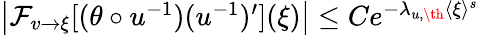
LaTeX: \begin{array}{r}{\left|\mathcal{F}_{v\to\xi}[(\theta\circ u^{-1})(u^{-1})^{\prime}](\xi)\right|\leq Ce^{-\lambda_{u,\th}\langle\xi\rangle^{s}}}\end{array}